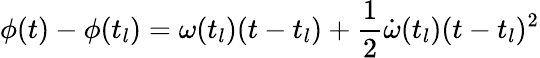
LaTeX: \phi(t)-\phi(t_{l})=\omega(t_{l})(t-t_{l})+\frac{1}{2}\dot{\omega}(t_{l})(t-t_{l})^{2}